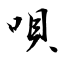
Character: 唄